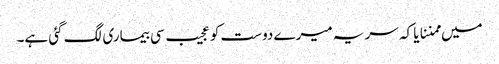
میں ممننایا کہ سر یہ میرے دوست کو عجیب سی بیماری لگ گئی ہے۔